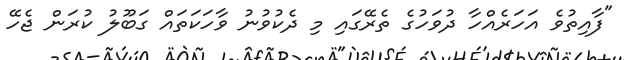
"ފާއިތުވެ އަހަރެއްހާ ދުވަހުގެ ތެރޭގައި މި ދެކުވުނު ވާހަކަތައް ގަބޫލު ކުރަން ޖެހޭ